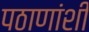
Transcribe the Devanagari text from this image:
पठाणांशी